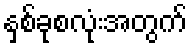
နှစ်ခုစလုံးအတွက်